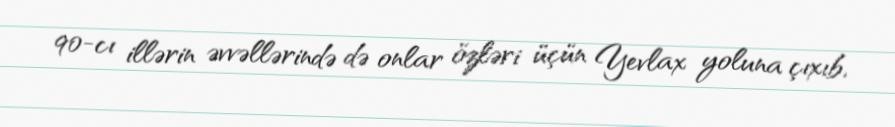
90-cı illərin əvvəllərində də onlar özləri üçün Yevlax yoluna çıxıb,